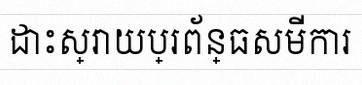
ដោះស្រាយប្រព័ន្ធសមីការ